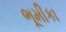
ભૂમીકા